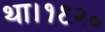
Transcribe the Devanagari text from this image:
था।१९२०